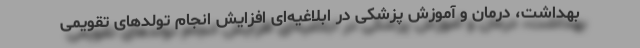
بهداشت، درمان و آموزش پزشکی در ابلاغیه‌ای افزایش انجام تولدهای تقویمی